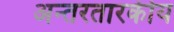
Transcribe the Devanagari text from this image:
अन्तरतारकीय